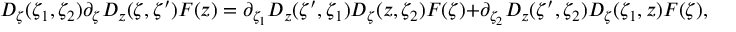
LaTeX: D _ { \zeta } ( \zeta _ { 1 } , \zeta _ { 2 } ) \partial _ { \zeta } D _ { z } ( \zeta , \zeta ^ { \prime } ) F ( z ) = \partial _ { \zeta _ { 1 } } D _ { z } ( \zeta ^ { \prime } , \zeta _ { 1 } ) D _ { \zeta } ( z , \zeta _ { 2 } ) F ( \zeta ) + \partial _ { \zeta _ { 2 } } D _ { z } ( \zeta ^ { \prime } , \zeta _ { 2 } ) D _ { \zeta } ( \zeta _ { 1 } , z ) F ( \zeta ) ,